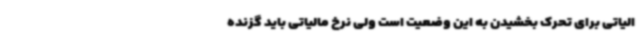
الیاتی برای تحرک بخشیدن به این وضعیت است ولی نرخ مالیاتی باید گزنده